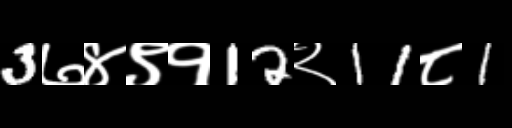
Text: 3७४९१12२11८1